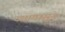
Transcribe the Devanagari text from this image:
ज्यापासुन